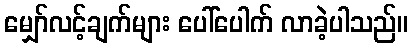
မျှော်လင့်ချက်များ ပေါ်ပေါက် လာခဲ့ပါသည်။